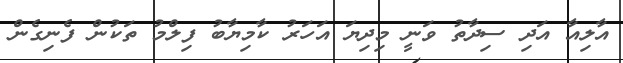
އާލިއާ އަދި ސިދާތު ވަނީ މިދިޔަ އަހަރު ކާމިޔާބު ފިލްމު ތަކުން ފެނިގެން